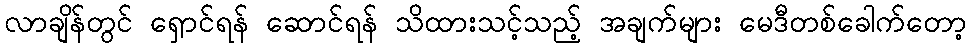
လာချိန်တွင် ရှောင်ရန် ဆောင်ရန် သိထားသင့်သည့် အချက်များ မေဒီတစ်ခေါက်တော့